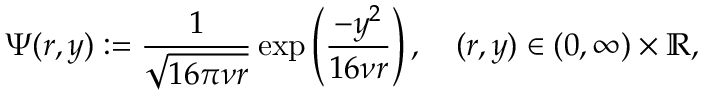
\Psi ( r , y ) : = \frac { 1 } { \sqrt { 1 6 \pi \nu r } } \exp \left( \frac { - y ^ { 2 } } { 1 6 \nu r } \right) , \quad ( r , y ) \in ( 0 , \infty ) \times \mathbb { R } ,